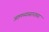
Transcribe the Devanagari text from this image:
आमच्यासारख्या